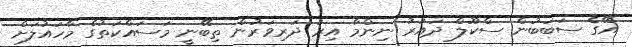
އޭގެ ސަބަބުން ސްކޫލް ދައުރު ނިންމާ އިރު ދަރިވަރުން ތިބޭނީ މަސައްކަތުގެ މާހައުލަށް